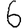
Digit: 6